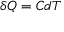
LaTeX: \delta Q = C d T